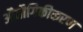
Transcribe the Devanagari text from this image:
औद्यौगिकीकरण